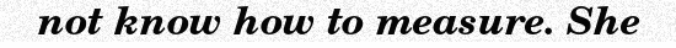
not know how to measure. She